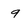
Character: 9